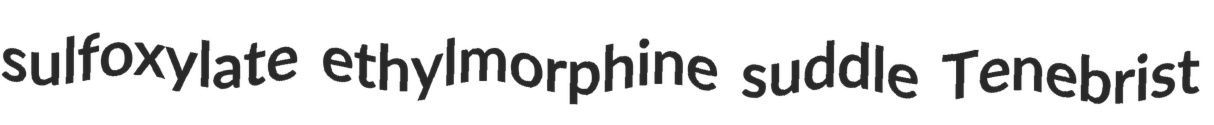
sulfoxylate ethylmorphine suddle Tenebrist